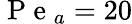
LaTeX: \mathrm{~P~e~}_{a}=20